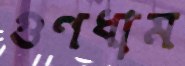
গুণধাম